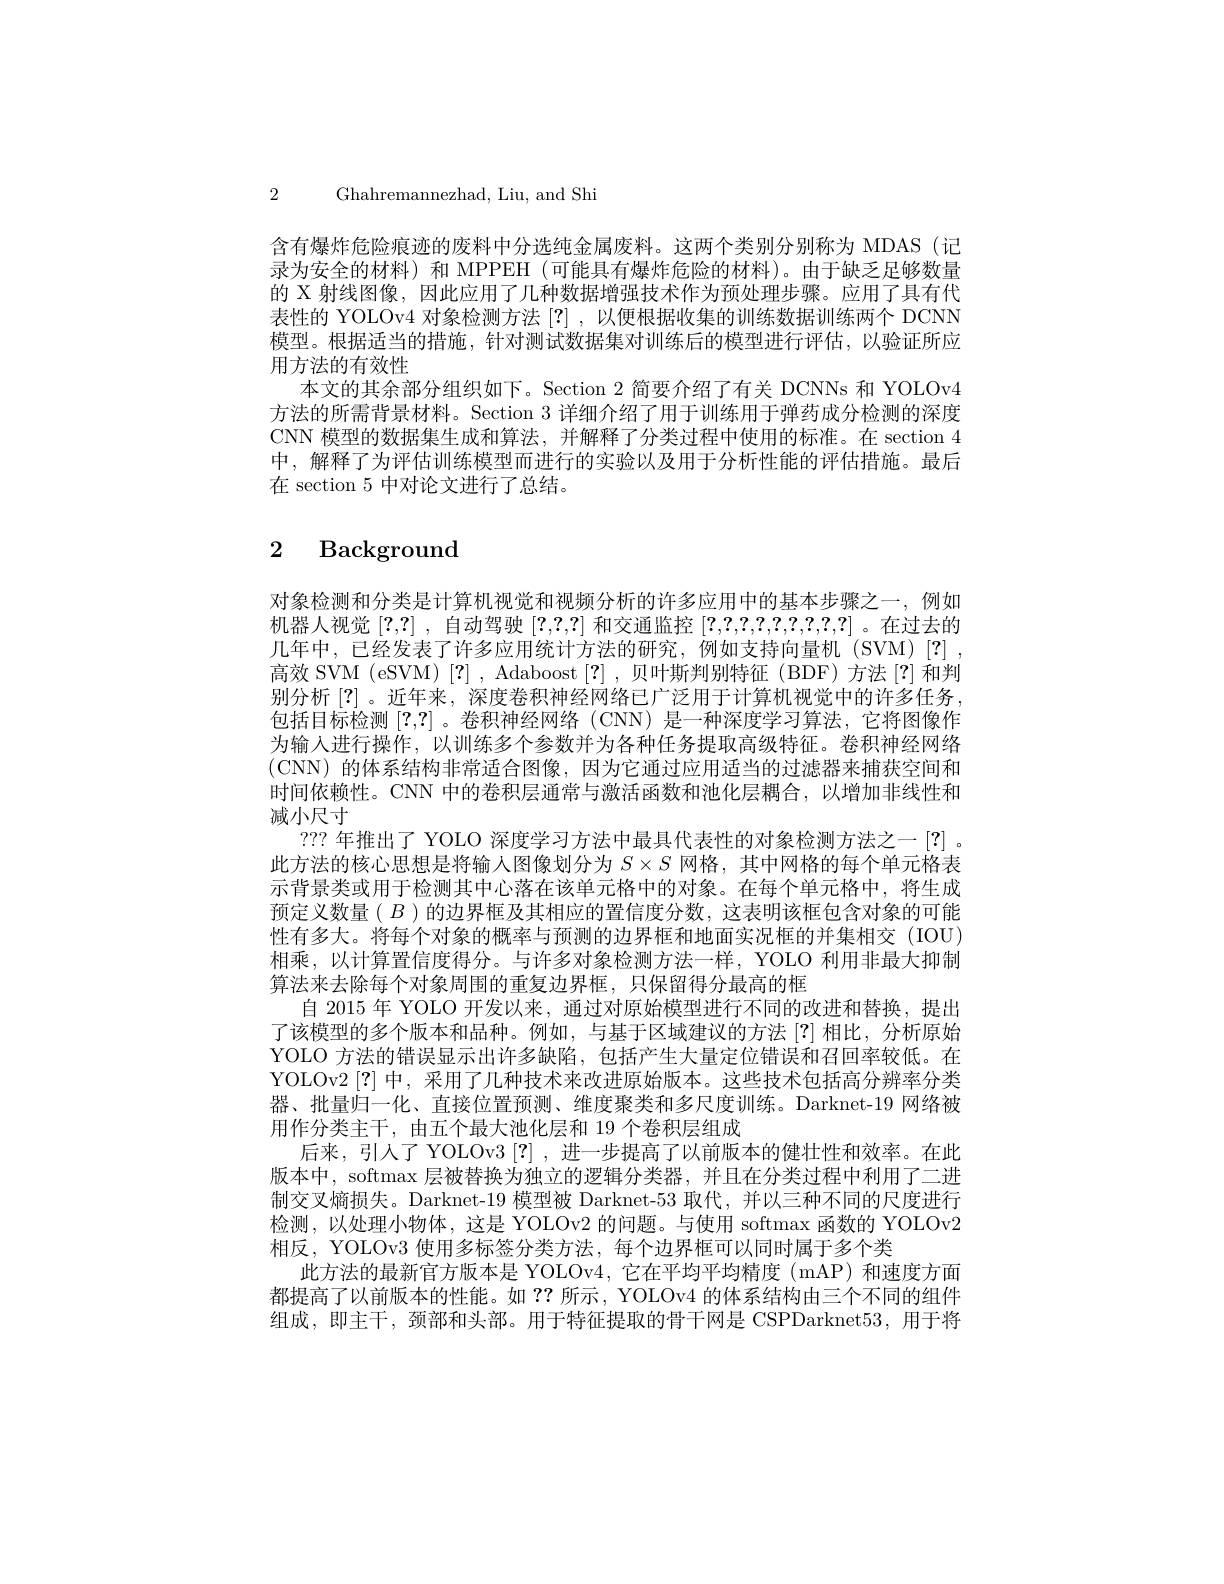
2 Ghahremannezhad, Liu, and Shi

含有爆炸危险痕迹的废料中分选纯金属废料。这两个类别分别称为 MDAS (记录为安全的材料) 和 MPPEH (可能具有爆炸危险的材料)。由于缺乏足够数量的 X 射线图像，因此应用了几种数据增强技术作为预处理步骤。应用了具有代表性的 YOLOv4 对象检测方法 [?] , 以便根据收集的训练数据训练两个 DCNN 模型。根据适当的措施，针对测试数据集对训练后的模型进行评估，以验证所应用方法的有效性
本文的其余部分组织如下。Section 2 简要介绍了有关 DCNNs 和 YOLOv4方法的所需背景材料。Section 3 详细介绍了用于训练用于弹药成分检测的深度CNN 模型的数据集生成和算法，并解释了分类过程中使用的标准。在 section 4中，解释了为评估训练模型而进行的实验以及用于分析性能的评估措施。最后在 section 5 中对论文进行了总结。

# 2 Background

对象检测和分类是计算机视觉和视频分析的许多应用中的基本步骤之一，例如机器人视觉[?,?] ,自动驾驶[?,?,?,?]和交通监控[?,?,?,?,?,?,?] 。在过去的几年中，已经发表了许多应用统计方法的研究，例如支持向量机(SVM)[?], 高效 SVM (eSVM)[?] , Adaboost[?] , 贝叶斯判别特征 (BDF) 方法[?]和判别分析 [?]。近年来，深度卷积神经网络已广泛用于计算机视觉中的许多任务， 包括目标检测[?,?] 。卷积神经网络 (CNN) 是一种深度学习算法，它将图像作为输入进行操作，以训练多个参数并为各种任务提取高级特征。卷积神经网络(CNN)的体系结构非常适合图像，因为它通过应用适当的过滤器来捕获空间和时间依赖性。CNN 中的卷积层通常与激活函数和池化层耦合，以增加非线性和减小尺寸
??? 年推出了 YOLO 深度学习方法中最具代表性的对象检测方法之一[?] 。此方法的核心思想是将输入图像划分为$S\times S$网格，其中网格的每个单元格表示背景类或用于检测其中心落在该单元格中的对象。在每个单元格中，将生成预定义数量( $B$ )的边界框及其相应的置信度分数，这表明该框包含对象的可能性有多大。将每个对象的概率与预测的边界框和地面实况框的并集相交(IOU) 相乘，以计算置信度得分。与许多对象检测方法一样，YOLO 利用非最大抑制算法来去除每个对象周围的重复边界框，只保留得分最高的框
自 2015 年 YOLO 开发以来，通过对原始模型进行不同的改进和替换，提出了该模型的多个版本和品种。例如，与基于区域建议的方法 $\left\lceil?\right\rceil$相比，分析原始YOLO 方法的错误显示出许多缺陷，包括产生大量定位错误和召回率较低。在YOLOv2 [?]中，采用了几种技术来改进原始版本。这些技术包括高分辨率分类器、批量归一化、直接位置预测、维度聚类和多尺度训练。Darknet-19 网络被用作分类主干，由五个最大池化层和 19 个卷积层组成
后来，引人了 YOLOv3 [?],进一步提高了以前版本的健壮性和效率。在此版本中，softmax 层被替换为独立的逻辑分类器，并且在分类过程中利用了二进制交叉熵损失。Darknet-19 模型被 Darknet-53 取代，并以三种不同的尺度进行检测，以处理小物体，这是 YOLOv2 的问题。与使用 softmax 函数的 YOLOv2相反，YOLOv3 使用多标签分类方法，每个边界框可以同时属于多个类
此方法的最新官方版本是 YOLOv4,它在平均平均精度(mAP)和速度方面都提高了以前版本的性能。如 ?? 所示，YOLOv4 的体系结构由三个不同的组件组成，即主干，颈部和头部。用于特征提取的骨干网是 CSPDarknet53,用于将